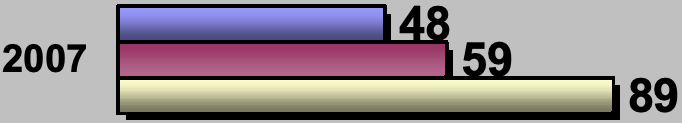
48 2007            59 89